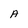
Character: A